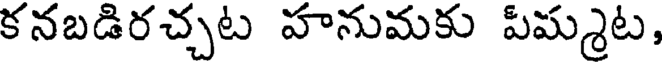
కనబడిరచ్చట హనుమకు పిమ్మట,